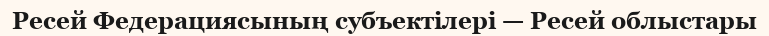
Ресей Федерациясының субъектілері — Ресей облыстары